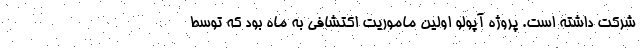
شرکت داشته است. پروژه آپولو اولین ماموریت اکتشافی به ماه بود که توسط